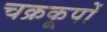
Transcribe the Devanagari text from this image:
चक्रकूपों